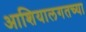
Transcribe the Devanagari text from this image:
आशियालगतच्या